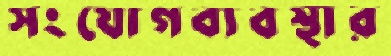
সংযোগব্যবস্থার